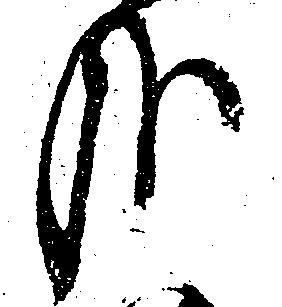
哉